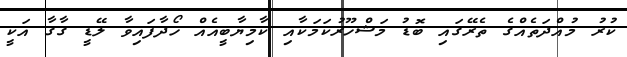
ކުރު މުއްދަތެއްގެ ތެރޭގައި ބޮޑު މަޝްހޫރުކަމަކާއި ކާމިޔާބީއެއް ހޯދާފައިވާ ލޭޑީ ގާގާ އަކީ